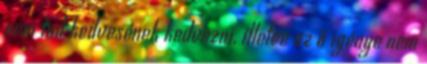
nem tud kedvesének kedvezni, illetve az ő igénye nem